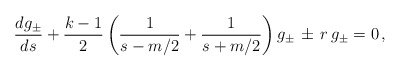
\begin{align*}\frac{dg_\pm}{ds}+\frac{k-1}{2}\left(\frac{1}{s-m/2}+\frac{1}{s+m/2}\right)g_\pm \, \pm \, r\,g_\pm=0 \, ,\end{align*}